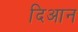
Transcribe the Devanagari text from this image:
दिआन